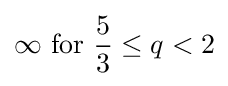
\infty {\text{ for }}{5 \over 3}\leq q<2